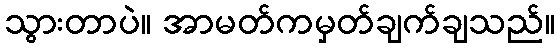
သွားတာပဲ။ အာမတ်ကမှတ်ချက်ချသည်။